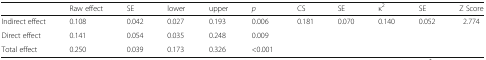
<table><thead><tr><td></td><td><b>Raw effect</b></td><td><b>SE</b></td><td><b>lower</b></td><td><b>upper</b></td><td><b><i>p</i></b></td><td><b>CS</b></td><td><b>SE</b></td><td><b>κ<sup>2</sup></b></td><td><b>SE</b></td><td><b>Z Score</b></td></tr></thead><tbody><tr><td>Indirect effect</td><td>0.108</td><td>0.042</td><td>0.027</td><td>0.193</td><td>0.006</td><td>0.181</td><td>0.070</td><td>0.140</td><td>0.052</td><td>2.774</td></tr><tr><td>Direct effect</td><td>0.141</td><td>0.054</td><td>0.035</td><td>0.248</td><td>0.009</td><td></td><td></td><td></td><td></td><td></td></tr><tr><td>Total effect</td><td>0.250</td><td>0.039</td><td>0.173</td><td>0.326</td><td>&lt;0.001</td><td></td><td></td><td></td><td></td><td></td></tr></tbody></table>